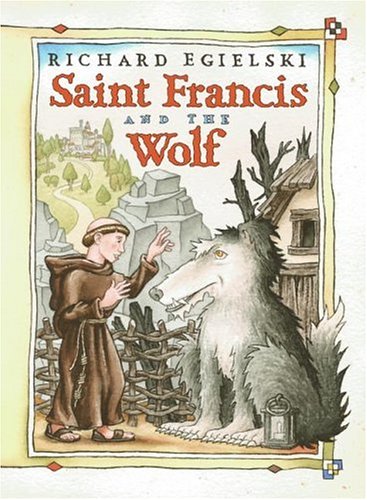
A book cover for Saint Francis and the Wolf; Richard Egielski; Children's Books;